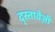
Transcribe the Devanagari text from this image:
द्स्तावेज़ी